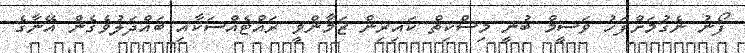
ފޯނު ނެގުމަށްފަހު ވަސީމް ބުނީ މިސްކިތް ކައިރިން ޒަމާންވީ ރައްޓެއްސަކާއި ބައްދަލުވެގެން އޭނާގެ